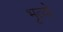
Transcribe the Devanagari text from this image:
भृत्यो